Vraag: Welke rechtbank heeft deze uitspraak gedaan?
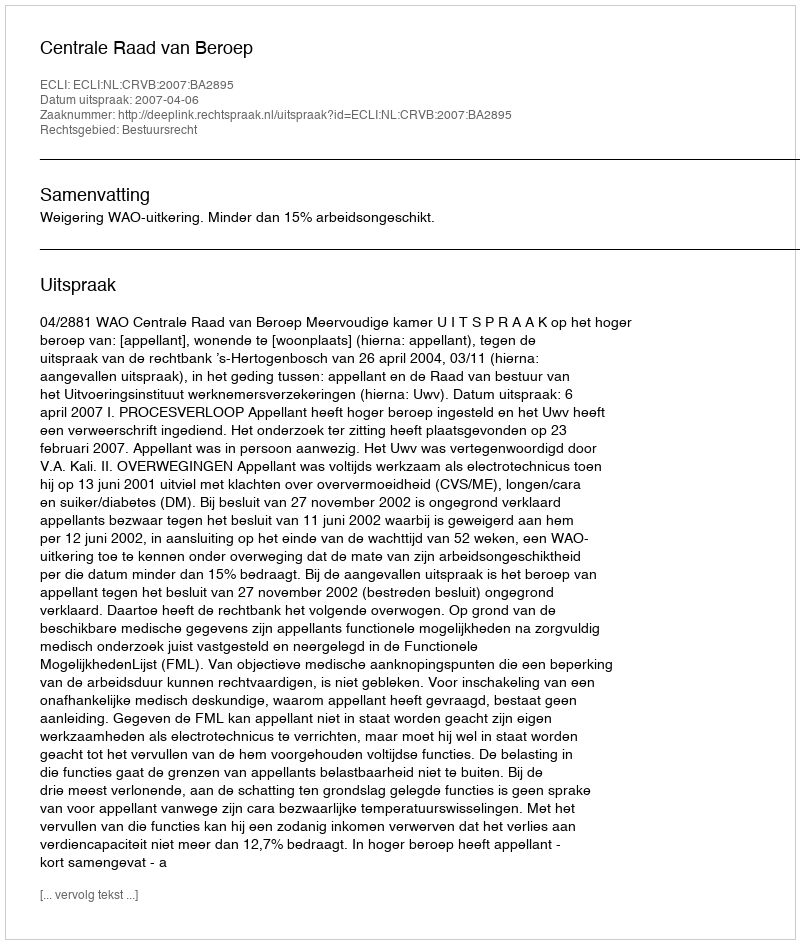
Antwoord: Centrale Raad van Beroep